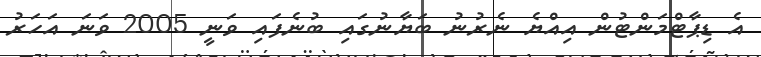
އެ ޑިޕާޓްމަންޓުން އިއްޔެ ނެރުނު ބަޔާނުގައި ބުނެފައި ވަނީ 2005 ވަނަ އަހަރު